Annual report on the Civil Veterinary Department, Burma (including the Insein Veterinary School) - 1910-1922
Year: 1910
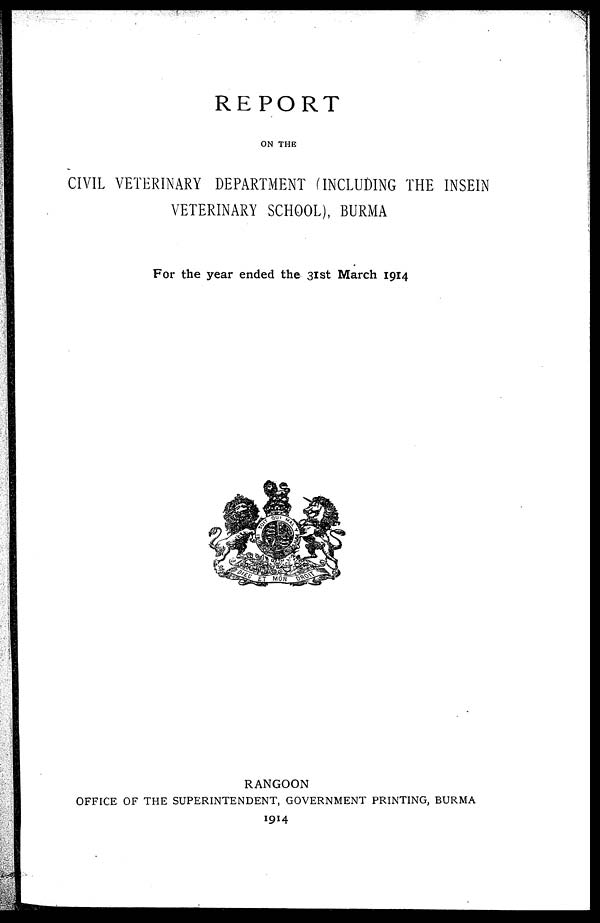
REPORT
ON THE
CIVIL VETERINARY DEPARTMENT (INCLUDING THE INSEIN
VETERINARY SCHOOL), BURMA
For the year ended the 31st March 1914
RANGOON
OFFICE OF THE SUPERINTENDENT, GOVERNMENT PRINTING, BURMA
1914